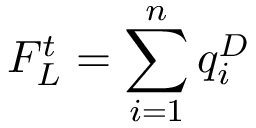
F _ { L } ^ { t } = \sum _ { i = 1 } ^ { n } q _ { i } ^ { D }